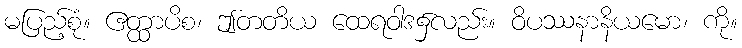
မပြည့်စုံ။ ဧတ္ထာပိစ၊ ဤတတိယ ထေရဝါဒ၌လည်း။ ဝိပဿနာနိယမော၊ ကို။